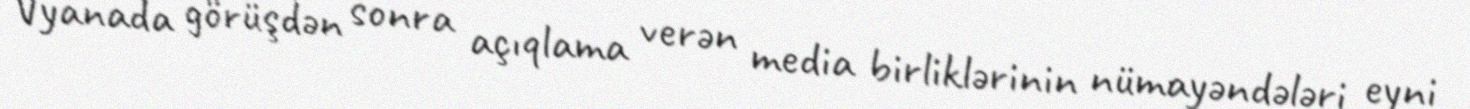
Vyanada görüşdən sonra açıqlama verən media birliklərinin nümayəndələri eyni